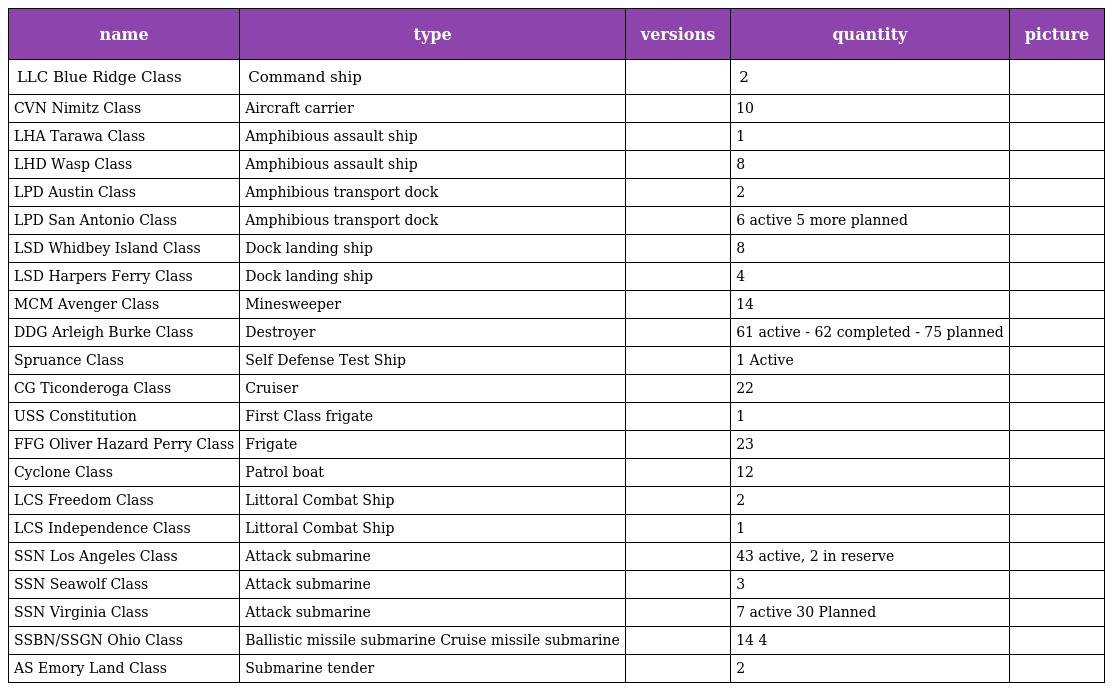
| name | type | versions | quantity | picture |
 | --- | --- | --- | --- | --- |
 | LLC Blue Ridge Class | Command ship |  | 2 |  |
 | CVN Nimitz Class | Aircraft carrier |  | 10 |  |
 | LHA Tarawa Class | Amphibious assault ship |  | 1 |  |
 | LHD Wasp Class | Amphibious assault ship |  | 8 |  |
 | LPD Austin Class | Amphibious transport dock |  | 2 |  |
 | LPD San Antonio Class | Amphibious transport dock |  | 6 active 5 more planned |  |
 | LSD Whidbey Island Class | Dock landing ship |  | 8 |  |
 | LSD Harpers Ferry Class | Dock landing ship |  | 4 |  |
 | MCM Avenger Class | Minesweeper |  | 14 |  |
 | DDG Arleigh Burke Class | Destroyer |  | 61 active - 62 completed - 75 planned |  |
 | Spruance Class | Self Defense Test Ship |  | 1 Active |  |
 | CG Ticonderoga Class | Cruiser |  | 22 |  |
 | USS Constitution | First Class frigate |  | 1 |  |
 | FFG Oliver Hazard Perry Class | Frigate |  | 23 |  |
 | Cyclone Class | Patrol boat |  | 12 |  |
 | LCS Freedom Class | Littoral Combat Ship |  | 2 |  |
 | LCS Independence Class | Littoral Combat Ship |  | 1 |  |
 | SSN Los Angeles Class | Attack submarine |  | 43 active, 2 in reserve |  |
 | SSN Seawolf Class | Attack submarine |  | 3 |  |
 | SSN Virginia Class | Attack submarine |  | 7 active 30 Planned |  |
 | SSBN/SSGN Ohio Class | Ballistic missile submarine Cruise missile submarine |  | 14 4 |  |
 | AS Emory Land Class | Submarine tender |  | 2 |  |